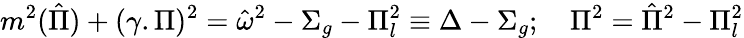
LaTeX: m^{2}(\hat{\Pi})+(\gamma.\Pi)^{2}={\hat{\omega}}^{2}-\Sigma_{g}-\Pi_{l}^{2}\equiv\Delta-\Sigma_{g};\quad\Pi^{2}=\hat{\Pi}^{2}-\Pi_{l}^{2}